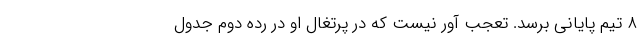
۸ تیم پایانی برسد. تعجب آور نیست که در پرتغال او در رده دوم جدول